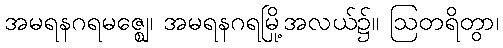
အမရနဂရမဇ္ဈေ၊ အမရနဂရမြို့အလယ်၌။ ဩတရိတွာ၊